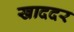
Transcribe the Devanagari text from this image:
खाददर